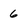
Character: 6